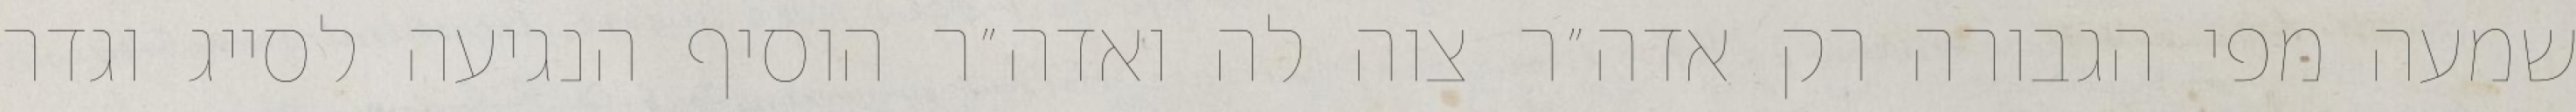
שמעה מפי הגבורה רק אדה״ר צוה לה ואדה״ר הוסיף הנגיעה לסייג וגדר